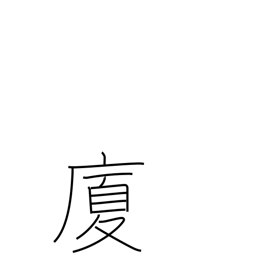
Meaning: house